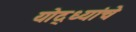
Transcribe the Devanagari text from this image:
योद्ध्यांचे